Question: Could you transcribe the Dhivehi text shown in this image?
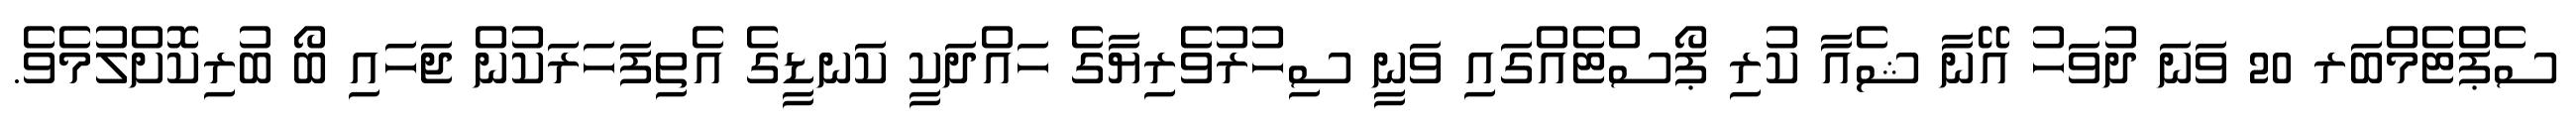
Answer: ސެޕްޓެމްބަރ 20 ވަނަ ދުވަހު އޭނާ ޝެއާ ކުރި ޕޯސްޓެއްގައި ވަނީ ސިހުރުވެރިޔާގެ ހައްދަކީ ކަނޑީގެ އެތިފަހަރަކުން ޖަހައި ބޯ ބުރިކޮށްލުމެވެ.